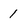
Character: 1